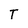
Character: T